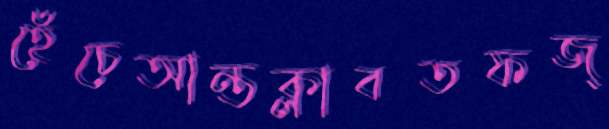
হেঁচেআন্তক্লাবতফজ্